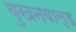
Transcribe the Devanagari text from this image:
बुखनवाल्ड